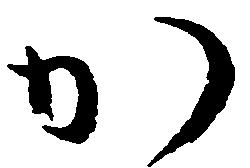
か